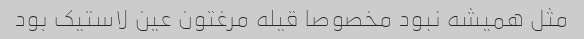
مثل همیشه نبود مخصوصا قیله مرغتون عین لاستیک بود